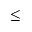
\leq